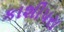
કાશીપરા